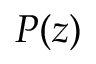
P ( z )